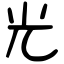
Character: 光